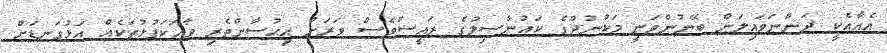
އެއާއެކީ ދަންނަވައިލަން ބޭނުންވަނީ މަކުނުދޫގެ ކައުންސިލުގެ ރައީސްވެސް ވަރަށް އިޙުސާންތެރި ވާހަކަފުޅުތަކެއް އަޅުގަނޑަށް